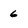
Character: 6